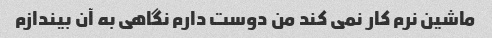
ماشین نرم کار نمی کند من دوست دارم نگاهی به آن بیندازم